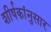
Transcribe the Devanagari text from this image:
शीर्षकांनुसार